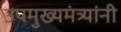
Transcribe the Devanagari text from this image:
उपमुख्यमंत्र्यांनी